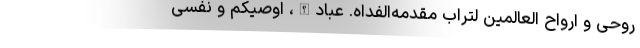
روحی و ارواح العالمین لتراب مقدمه‌الفداه. عبادالله، اوصیکم و نفسی